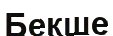
Бекше